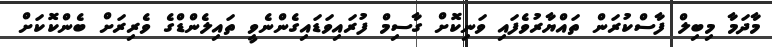
މާދަމާ މިބިލް ފާސްކުރަން ތައްޔާރުވެފައި ވަނިކޮށް ގާސިމް ފުރައިވަޑައިގެންނެވީ ތައިލެންޑްގެ ވެރިރަށް ބެންކޮކަށް